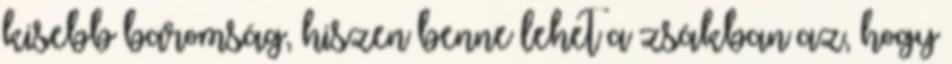
kisebb baromság, hiszen benne lehet a zsákban az, hogy